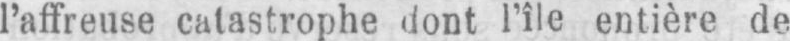
l’affreuse catastrophe dont l’île entière de